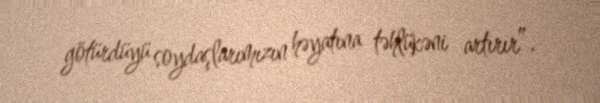
götürdüyü soydaşlarımızın həyatına təhlükəni artırır”.